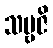
သဗ္ဗဇိ